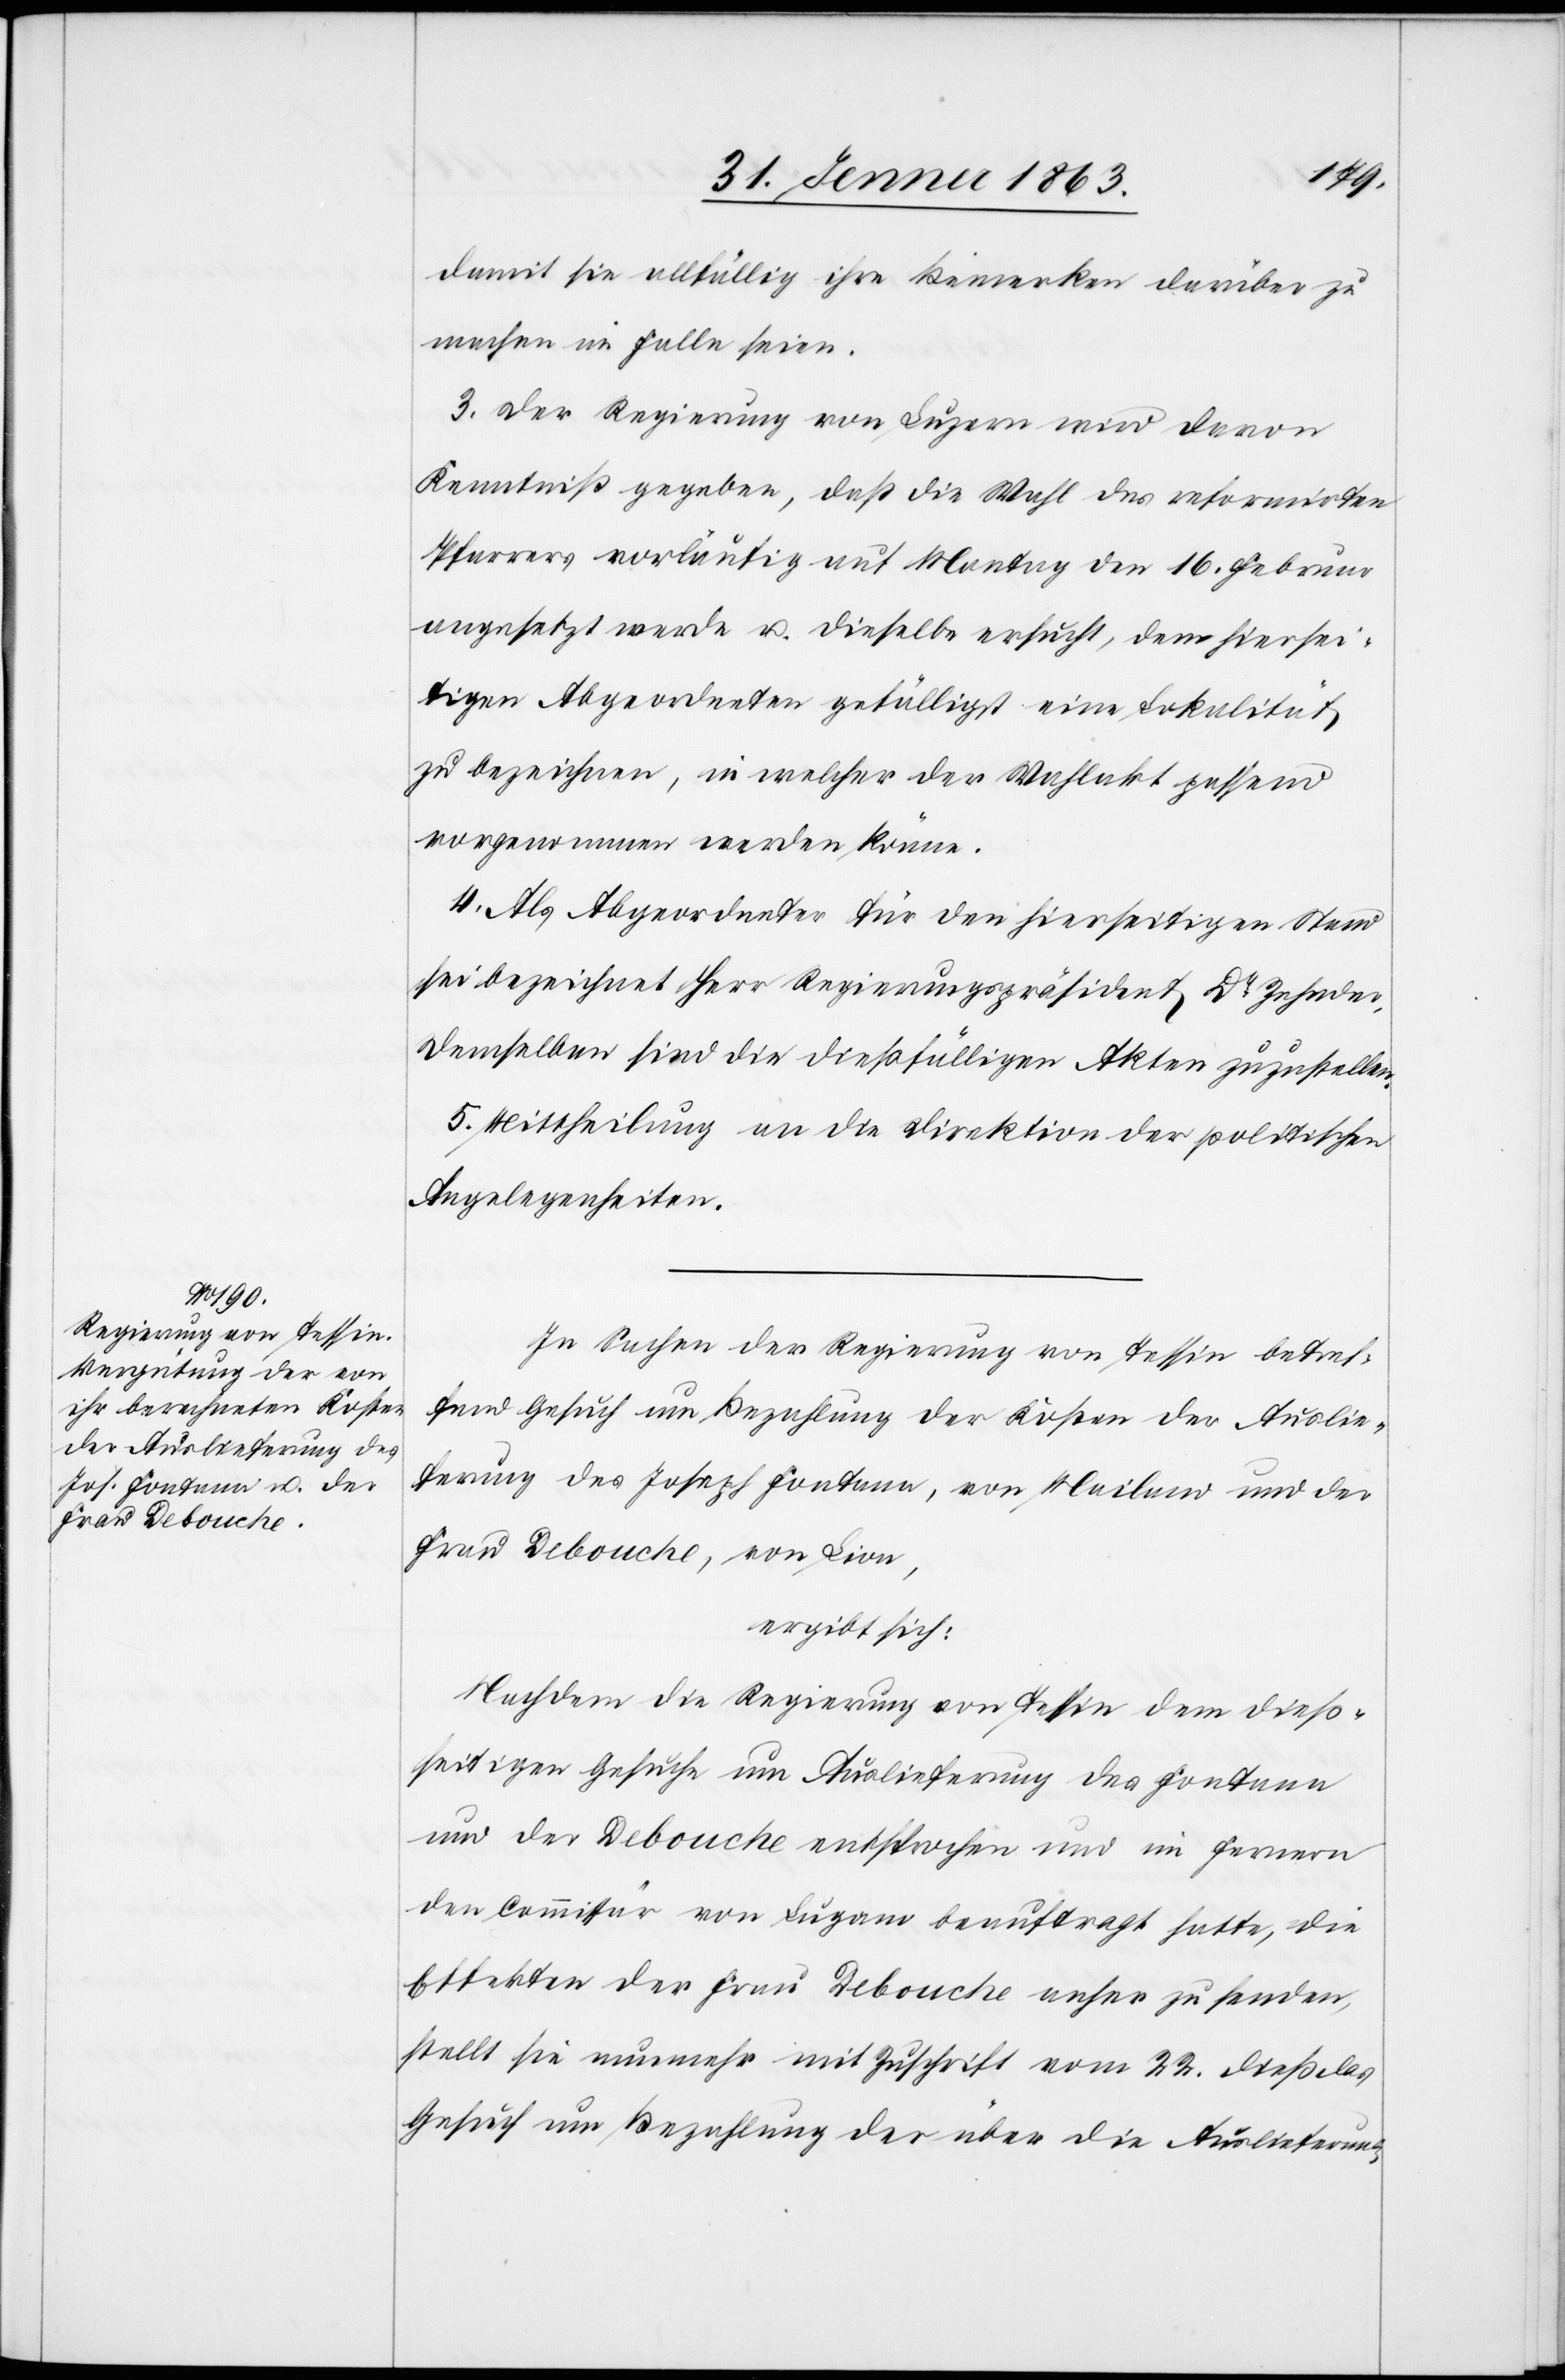
damit sie allfällig ihre Bemerken darüber zu
machen im Falle seien.
3. Der Regierung von Luzern wird davon
Kenntniß gegeben, daß die Wahl des reformirten
Pfarrers vorläufig auf Montag den 16. Februar
angesetzt werde u. dieselbe ersucht, dem hiersei¬
tigen Abgeordneten gefälligst eine Lokalität
zu bezeichnen, in welcher der Wahlakt passend
vorgenommen werden könne.
4. Als Abgeordneter für den hierseitigen Stand
sei bezeichnet Herr Regierungspräsident Dr Zehnder.
Demselben sind die dießfälligen Akten zuzustellen.
5. Mittheilung an die Direktion der politischen
Angelegenheiten.
In Sachen der Regierung von Tessin betref¬
fend Gesuch um Bezahlung der Kosten der Auslie¬
ferung des Joseph Fontana, von Mailand und der
Frau Debouche, von Lion,
ergibt sich:
Nachdem die Regierung von Tessin dem dieß¬
seitigen Gesuche um Auslieferung des Fontana
und der Debouche entsprochen und im Fernern
den Commisär von Lugano beauftragt hatte, die
Effekten der Frau Debouche anher zu senden,
stellt sie nunmehr mit Zuschrift vom 22. dieß das
Gesuch um Bezahlung der über die Auslieferung